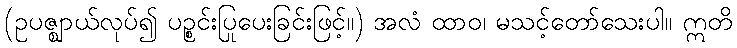
(ဥပဇ္ဈာယ်လုပ်၍ ပဉ္စင်းပြုပေးခြင်းဖြင့်။) အလံ ထာဝ၊ မသင့်တော်သေးပါ။ ဣတိ